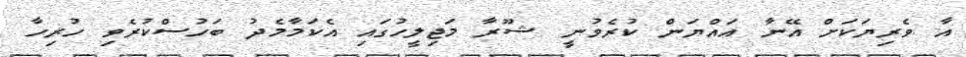
އާ ވެރިޔަކަށް އޭނާ އައްޔަން ކުރެވުނީ ޝޫރާ މަޖިލީހުގައި އެކަމާމެދު ބަހުސްކުރެވި ހުރިހާ